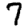
Digit: 7